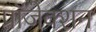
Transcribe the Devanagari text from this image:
प्रॉजेक्शन